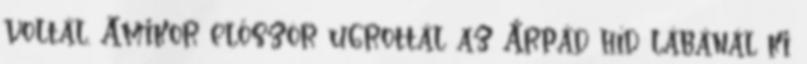
voltál. Amikor először ugrottál az Árpád híd lábánál ki